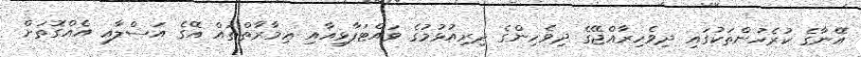
އޭނާގެ ކުރެހުންތަކުގައި ދިވެހިރާއްޖޭގެ ދިވެހިންގެ ދިރިއުޅުމުގެ ވައްޓަފާޅިއާއި ޢިމާރާތްތައް އޭގެ އަސްލާއި އެއްގޮތަށް